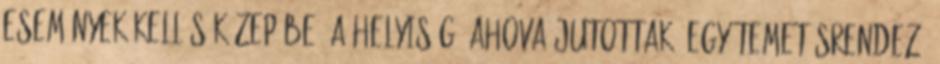
események kellős közepébe. A helyiség, ahova jutottak, egy temetésrendező